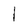
Character: 1